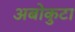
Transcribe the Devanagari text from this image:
अबोकुटा